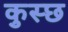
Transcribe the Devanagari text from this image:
कुस्छ